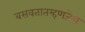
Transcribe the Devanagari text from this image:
बसवतातम्हणजेच